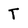
Character: T